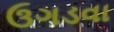
ઉગડવા